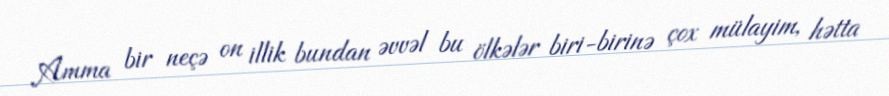
Amma bir neçə on illik bundan əvvəl bu ölkələr biri-birinə çox mülayim, hətta